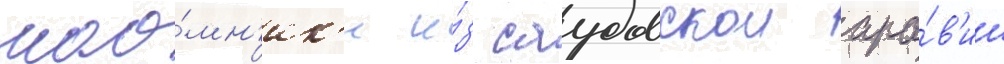
нао́мн'ик'и и́з саудовскои ара́в'ии